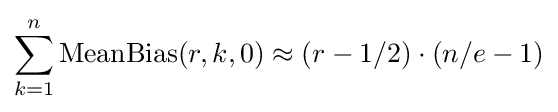
\sum _{k=1}^{n}{\text{MeanBias}}(r,k,0)\approx (r-1/2)\cdot (n/e-1)